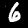
Label: 6